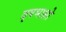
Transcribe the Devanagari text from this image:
वृषभाक्षो